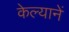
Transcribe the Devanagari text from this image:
केल्यानें